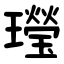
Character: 㼆